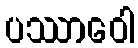
ပဿာဝေါ